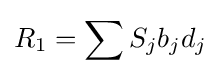
R_{1}=\sum S_{j}b_{j}d_{j}